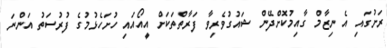
ރަށުގައި އެ ނިޒާމް ގާއިމުކޮށްދޭން ޝައުގުވެރިވާ ފަރާތްތަކަށް އީއޯއައި ހުށަހެޅުމުގެ ފުރުސަތު އަންނަ